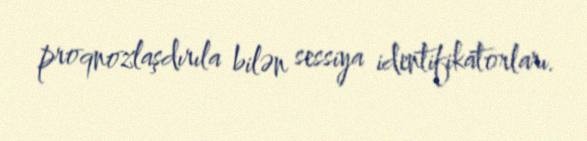
proqnozlaşdırıla bilən sessiya identifikatorları.